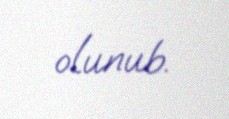
olunub.